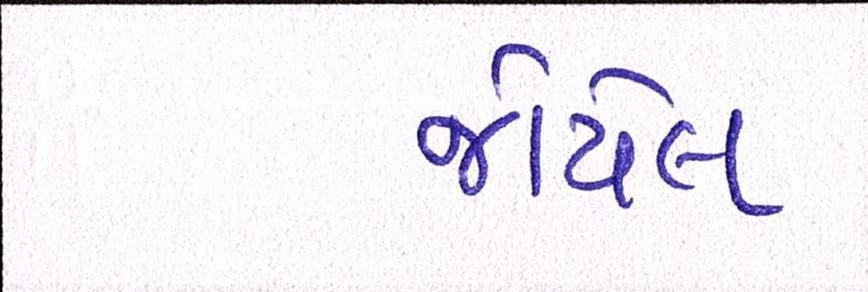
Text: જોયેલ